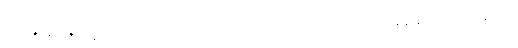
ဝ၈၂+၀၈၃+ မဆည်းကပ်အပ်သော။ ပုဂ္ဂလော၊ ပုဂ္ဂိုလ်သည်။ ကတမောစ၊ အဘယ်နည်း။